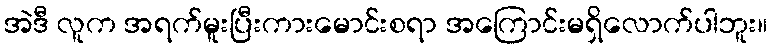
အဲဒီ လူက အရက်မူးပြီးကားမောင်းစရာ အကြောင်းမရှိလောက်ပါဘူး။